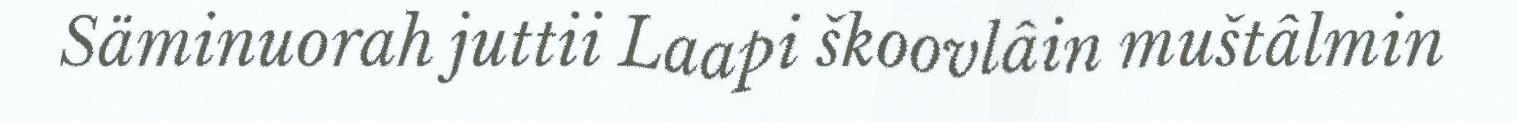
Säminuorah juttii Laapi škoovlâin muštâlmin